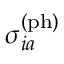
\sigma _ { i a } ^ { \mathrm { ( p h ) } }